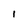
Character: I